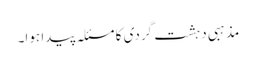
مذہبی دہشت گردی کا مسئلہ پیدا ہوا۔